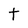
Character: t